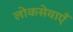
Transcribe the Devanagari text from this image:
लोकसेवाएँ